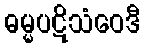
ဓမ္မပဋိသံဝေဒီ